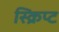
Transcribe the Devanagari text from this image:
स्क्रिप्‍ट